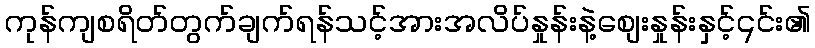
ကုန်ကျစရိတ်တွက်ချက်ရန်သင့်အားအလိပ်နှုန်းနဲ့စျေးနှုန်းနှင့်၎င်း၏